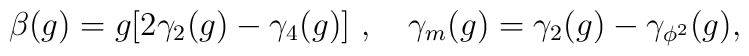
\beta (g)=g[2\gamma_2(g)-\gamma_4(g)]\ ,~~~\gamma_{m}(g)=\gamma_2(g)-\gamma_{\phi^2}(g),